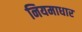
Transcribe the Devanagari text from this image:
नियमाधार